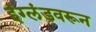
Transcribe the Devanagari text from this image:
इंग्लंडवरून